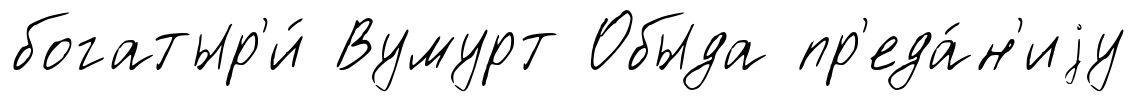
богатыр'и́ Вумурт Обыда пр'еда́н'иjу